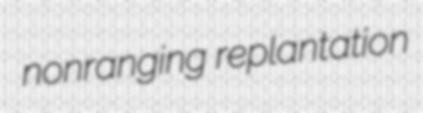
nonranging replantation